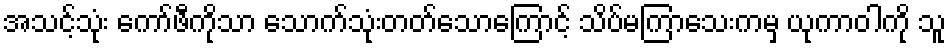
အသင့်သုံး ကော်ဖီကိုသာ သောက်သုံးတတ်သောကြောင့် သိပ်မကြာသေးကမှ ယုကာဝါကို သူ